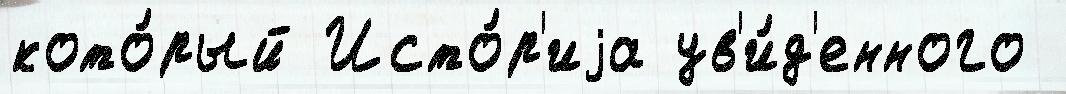
кото́рый Исто́р'иjа ув'и́д'енного